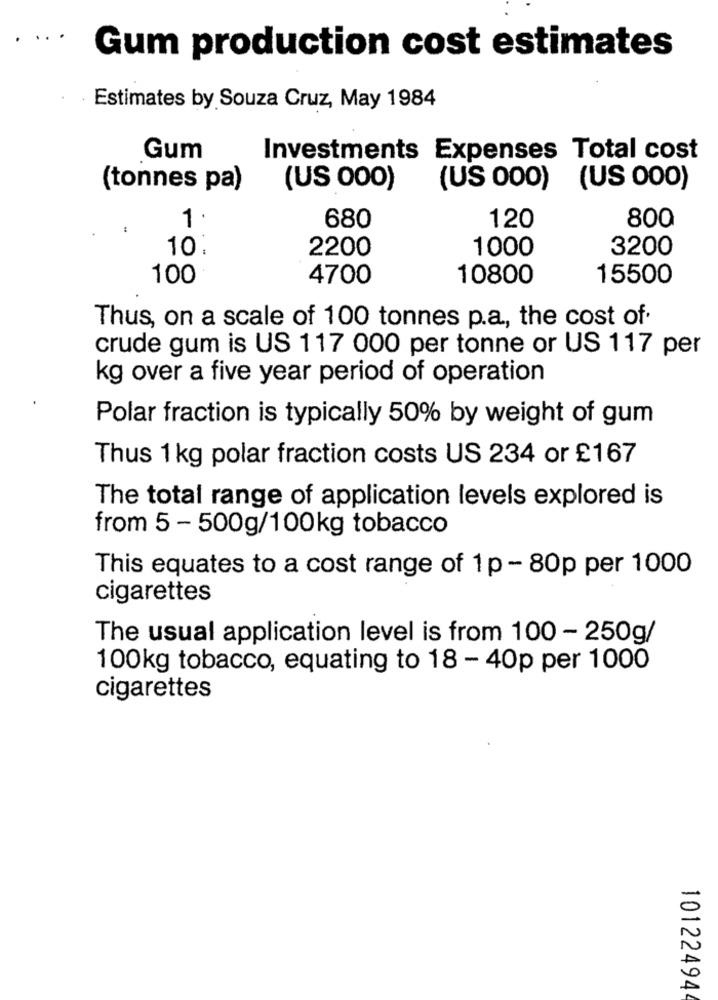
Gum production cost estimates
Estimates by Souza Cruz, May 1984
Gum
Investments Expenses Total cost
(tonnes pa)
(US 000)
(US 000) (US 000)
1 .
680
800
120
10.
2200
1000
3200
100
4700
10800
15500
Thus, on a scale of 100 tonnes p.a ., the cost of·
crude gum is US 117 000 per tonne or US 117 per
kg over a five year period of operation
Polar fraction is typically 50% by weight of gum
Thus 1 kg polar fraction costs US 234 or £167
The total range of application levels explored is
from 5 - 500g/100kg tobacco
This equates to a cost range of 1p - 80p per 1000
cigarettes
The usual application level is from 100 - 250g/
100kg tobacco, equating to 18 - 40p per 1000
cigarettes
10122494